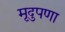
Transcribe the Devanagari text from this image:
मृदुपणा